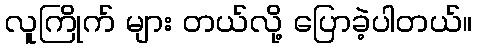
လူကြိုက် များ တယ်လို့ ပြောခဲ့ပါတယ်။